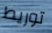
توريط